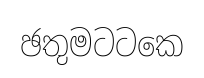
ඡතුමටටකෙ